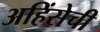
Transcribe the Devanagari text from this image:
अहिंसेची